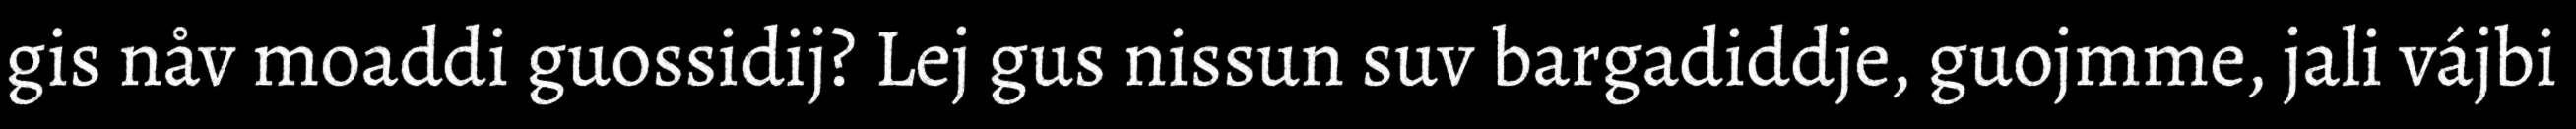
gis nåv moaddi guossidij? Lej gus nissun suv bargadiddje, guojmme, jali vájbi